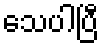
သေပါပြီ